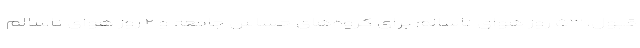
قبول، ۵۳ روز هوای ناسالم برای گروه‌های حساس جامعه و ۲ روز هوای ناسالم